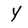
Character: Y